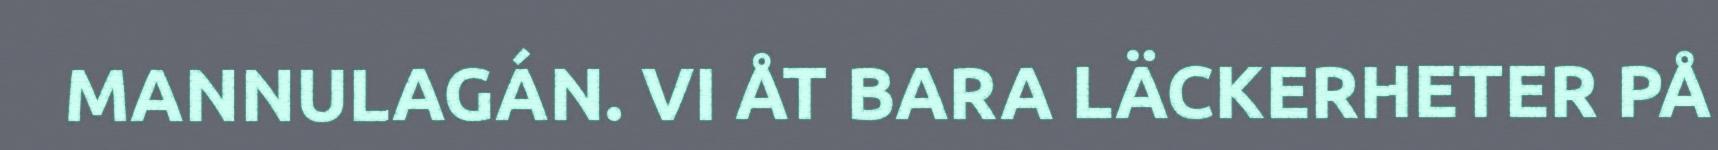
MANNULAGÁN. VI ÅT BARA LÄCKERHETER PÅ